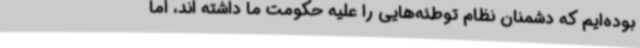
بوده‌ایم که دشمنان نظام توطئه‌هایی را علیه حکومت ما داشته اند، اما